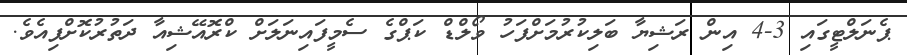
ޕެނަލްޓީގައި 3-4 އިން ރަޝިޔާ ބަލިކުރުމަށްފަހު ވޯލްޑް ކަޕްގެ ސެމީފައިނަލަށް ކްރޮއޭޝިއާ ދަތުރުކޮށްފިއެވެ.